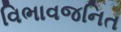
વિભાવજનિત